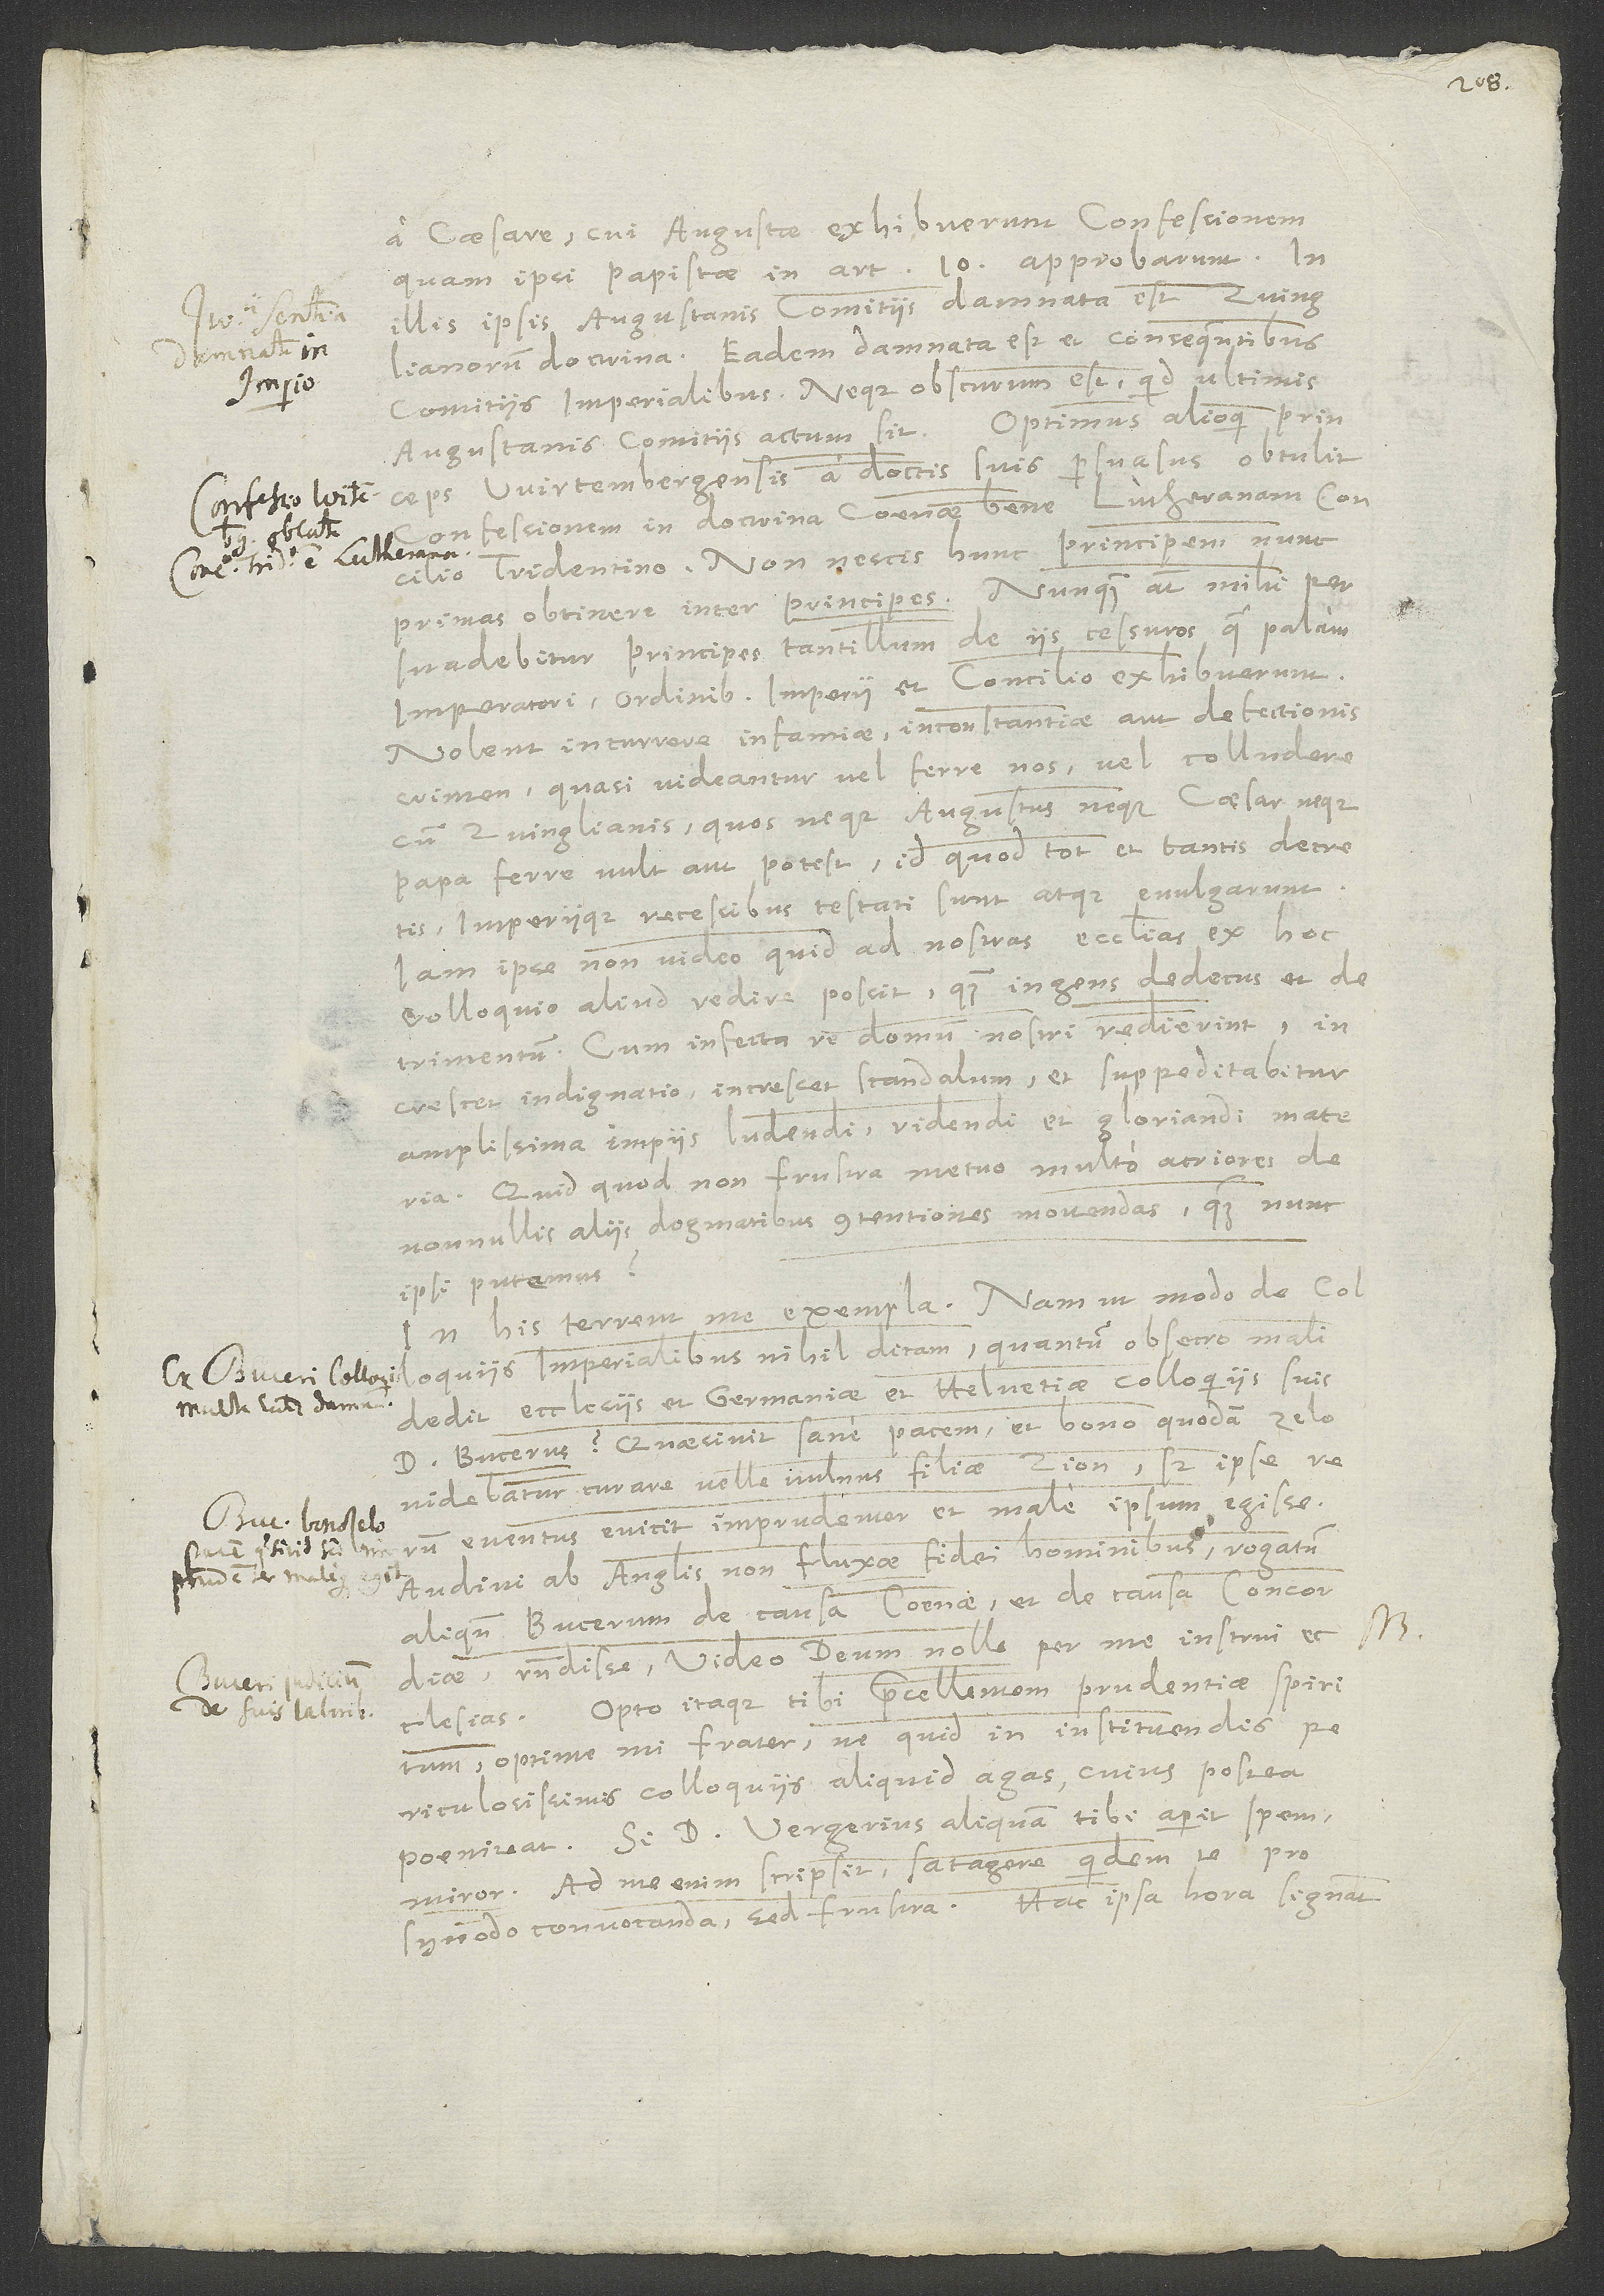
a Caesare, cui Augustae exhibuerunt confessionem
illis ipsis Augustanis comitiis damnata est
Zwinglianorum doctrina. Eadem damnata est et consequentibus
comitiis imperialibus. Neque obscurum est quid ultimis
Augustanis comitiis actum sit. Optimus alioqui Princeps
Wirtenbergensis a doctis uis persuasus obtulit
confessionem in doctrina coenae bene Lutheranam concilio
Tridentino. Non nescis hunc Principem nunc
primas obtinere inter Principes. Nunquam autem mihi
persuadebitur, Principes tantillum de iis cessuros quae palam
Imperatori, Ordinibus imperii et concilio exhibuerunt.
Nolent incurrere infamiae, inconstantiae aut defectionis
crimen, quasi videantur vel ferre nos vel colludere
cum Zwinglianis, quos neque Augustus, neque Caesar, neque
papa ferre vult aut potest, id quod tot et tantis decretis
imperiique recessibus testati sunt et evulgarunt.
Iam ipse non video quid ad nostras ecclesias ex hoc
colloquio aliud redire possit quam ingens dedecus et
detrimentum. Quum infecta re domum nostri redierint,
increscet indignatio, increscet scandalum et suppeditabitur
amplissima impiis ludendi, ridendi et gloriandi materia.
Quid quod non frustra metuo, multo acriores de
nonnullis aliis dogmatibus contentiones movendas, quam nunc
ipsi putemus.
his terrent me exempla. Nam ut modo de dolloquiis
dedit ecclesiis et Germaniae et Helvetiae colloquiis suis
Bucerus? Quaesivit sane pacem et bono quodam zelo
videbatur curare velle vulnus filiae Zion, sed ipse rerum
eventus evicit imprudenter et male ipsum egisse.
Audivi ab Anglis, non fluxae fidei hominibus, rogatum
aliquando Bucerum de causa coenae et de causa concordiae
respondisse: Video Deum nolle per me instrui
ecclesias. Opto itaque tibi praecellentem prudentiae spiritum,
optime mi frater, ne quid in instituendis
periculosissimis colloquiis aliquid agas, cuius postea
poeniteat. Si D. Vergerius aliquam tibi aperit spem,
miror. Ad me enim scripsit, satagere quidem te pro
synodo convocanda, sed frustra. Hac ipsa hora significat